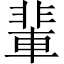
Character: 輩